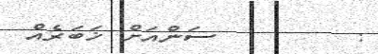
:        ސަންއަށް ޚަބަރެއް